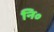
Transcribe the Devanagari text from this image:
नि॰